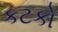
કટકો